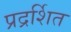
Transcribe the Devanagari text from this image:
प्रद्रर्शित